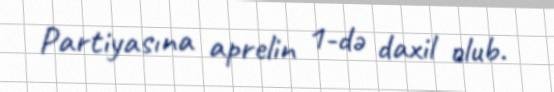
Partiyasına aprelin 1-də daxil olub.